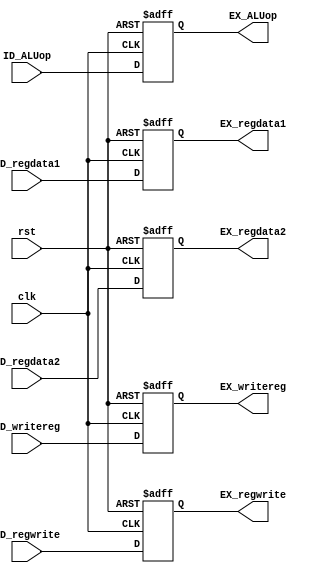
`timescale 1ns / 1ps
//////////////////////////////////////////////////////////////////////////////////
// Company: 
// Engineer: 
// 
// Design Name: 
// Module Name:    ID_EX 
// Project Name: 
// Target Devices: 
// Tool versions: 
// Description: 
//
// Dependencies: 
//
// Revision: 
// Revision 0.01 - File Created
// Additional Comments: 
//
//////////////////////////////////////////////////////////////////////////////////
module ID_EX(
	input wire clk, rst,
	input wire [3:0] ID_ALUop, 
	input wire ID_regwrite, 
	input wire [31:0] ID_regdata1, ID_regdata2,
	input wire [4:0] ID_writereg,
	output reg [3:0] EX_ALUop, 
	output reg EX_regwrite, 
	output reg [31:0] EX_regdata1, EX_regdata2,
	output reg [4:0] EX_writereg	
    );
	 
	 always @(posedge clk, negedge rst) begin
		if(!rst) begin
			EX_ALUop <= 0;
			EX_regwrite <= 0;
			EX_regdata1 <= 0;
			EX_regdata2 <= 0;
			EX_writereg <= 0;
		end
		else begin
			EX_ALUop <= ID_ALUop;
			EX_regwrite <= ID_regwrite;
			EX_regdata1 <= ID_regdata1;
			EX_regdata2 <= ID_regdata2;
			EX_writereg <= ID_writereg;
		end
	 end


endmodule